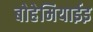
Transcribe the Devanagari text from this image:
बोहेमियाईइ